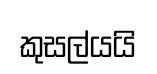
කුසල්යයි